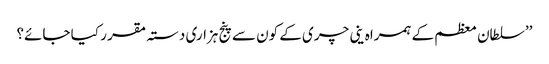
’’سلطان معظم کے ہمراہ ینی چری کے کون سے پنج ہزاری دستہ مقر ر کیا جائے؟